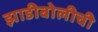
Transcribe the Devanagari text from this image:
झाडीबोलीची